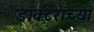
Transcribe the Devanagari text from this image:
डॉक्‍टरांच्या